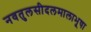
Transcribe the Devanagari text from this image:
नवतुलसीदलमालाभूषा